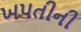
ખપતીની